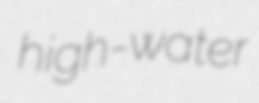
high-water